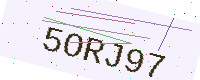
Text: 5ORJ97